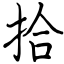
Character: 拾